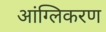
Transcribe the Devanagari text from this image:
आंग्लिकरण